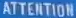
ATTENTION